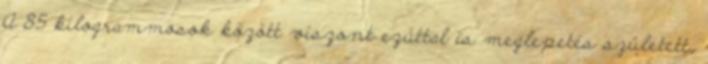
A 85 kilogrammosok között viszont ezúttal is meglepetés született,